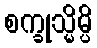
စက္ခုသ္မိမ္ပိ